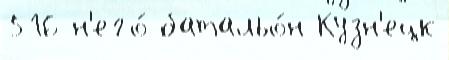
516 н'его́ батальо́н Кузн'ецк